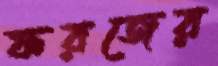
ফরজের